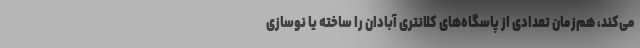
می‌کند، هم‌زمان تعدادی از پاسگاه‌های کلانتری آبادان را ساخته یا نوسازی